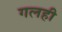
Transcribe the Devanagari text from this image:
गलही